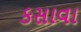
કસાવા